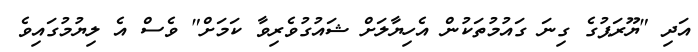
އަދި "ޔޫރަޕުގެ ގިނަ ގައުމުތަކުން އެހިޔާލަށް ޝައުގުވެރިވާ ކަމަށް" ވެސް އެ ލިޔުމުގައިވެ